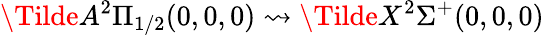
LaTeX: \Tilde{A}^{2}\Pi_{1/2}(0,0,0)\rightsquigarrow\Tilde{X}^{2}\Sigma^{+}(0,0,0)